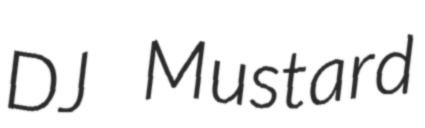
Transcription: DJ Mustard